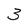
Character: 3